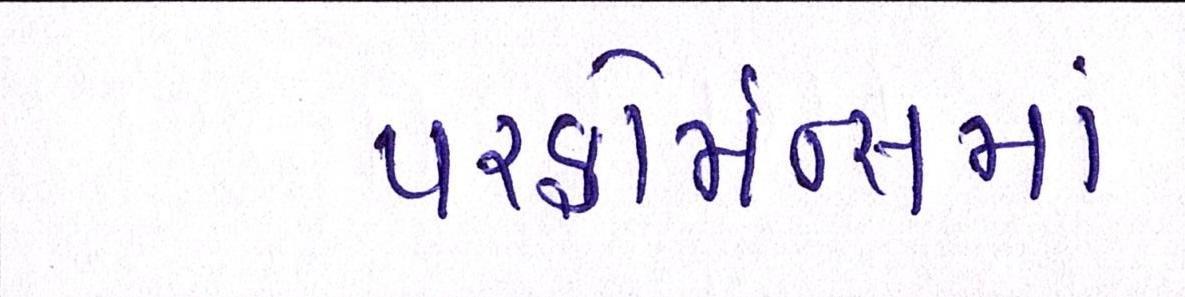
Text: પરફોર્મન્સમાં